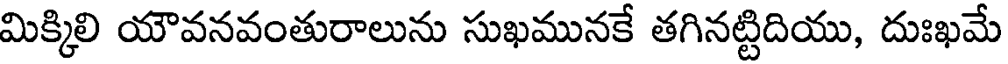
మిక్కిలి యౌవనవంతురాలును సుఖమునకే తగినట్టిదియు, దుఃఖమే